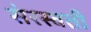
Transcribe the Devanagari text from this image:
संरस्वती